Indian journal of veterinary science and animal husbandry - Volume 5,
Year: 1935
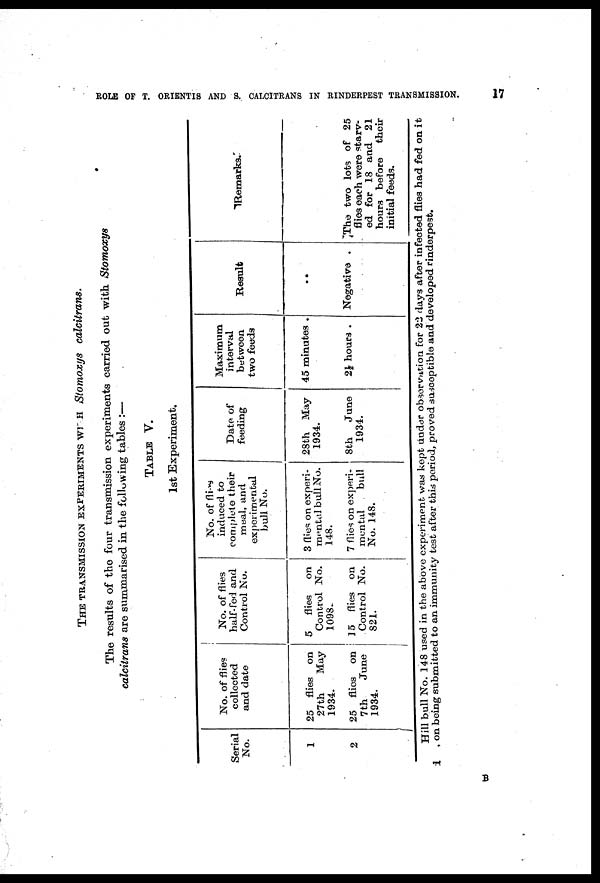
ROLE OF T. ORIENTIS AND S. CALCITRANS IN RINDERPEST TRANSMISSION.
17
THE TRANSMISSION EXPERIMENTS WITH Stomoxys
calcitrans.
The results of the four transmission experiments carried out with.
Stomoxys
calcitrans are summarised in the following tables :—
TABLE V.
1st Experiment.
Serial
No.
1
2
No. of flies
collected
and date
25 flies on
27th
May
1934.
25 flies on
7th
June
1934.
No. of flies
half-fed and
Control No.
5
flies
on
Control No.
1098..
15 flies on
Control No.
821.
No. of flies
induced to
complete their
meal, and
experimental
bull No.
3 flies on experi-
mental bull No.
148.
7 flies on experi-
mental
bull
No. 148.
Date of
feeding
28th May
1934.
8th
June
1934.
Maximum
interval
between
two feeds
45 minutes .
2½ hours .
Result
. .
Negative .
Remarks.
The two lots of 25
flies each were starv-
ed for 18 and 21
hours before
their
initial feeds.
Hill bull No. 148 used in the above experiment was kept under observation for 22 days after infected flies had fed on it
1 , on being submitted to an immunity test after this period, proved susceptible and developed rinderpest.
B